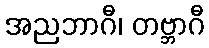
အညဘာဂီ၊ တဗ္ဘာဂီ